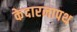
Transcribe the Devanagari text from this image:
केदारनापथ